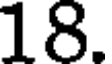
18.